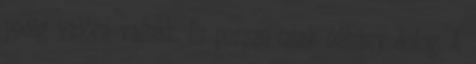
pedig valóra válnak. Ez persze csak néhány dolog. A